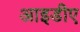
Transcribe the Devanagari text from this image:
आइडीए